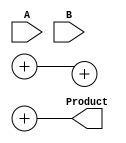
module Radix4WallaceMultiplier #(parameter n = 8) (
    input [n-1:0] A,
    input [n-1:0] B,
    output reg [2*n-1:0] Product
);

    // Intermediate signals for partial products
    reg [2*n-1:0] pp [0:3*n/2-1]; // Partial products
    wire [2*n-1:0] sum [0:n]; // Intermediate sums
    wire [n-1:0] carry [0:n]; // Carry bits

    integer i;

    // Partial product generation
    always @(*) begin
        for (i = 0; i < n/2; i = i + 1) begin
            case (B[2*i +: 2])
                2'b00: pp[i] = 0;
                2'b01: pp[i] = A;
                2'b10: pp[i] = {A, 1'b0}; // A shifted left by 1
                2'b11: pp[i] = {A, 1'b0} + A; // 2 * A + A = 3 * A
                default: pp[i] = 0;
            endcase
        end
    end

    // Wallace tree reduction using approximate column-wise addition
    generate
        genvar j;
        for (j = 0; j < n; j = j + 1) begin : reduce_stage
            if (j == 0) begin
                // First stage: combine the first three
                assign {carry[0][j], sum[0][j]} = pp[0][j] + pp[1][j] + pp[2][j]; 
                assign carry[1][j] = pp[0][j] >> 2; // Store overflow as carry
            end else begin
                // Subsequent stages: sum and propagate carry
                assign {carry[j][j], sum[j][j]} = sum[j-1][j] + carry[j-1][j] + pp[j+2][j];
            end
        end
    endgenerate

    // Final addition of the last carry and sum
    always @(*) begin
        Product = sum[n-1] + carry[n-1];
    end

endmodule